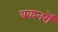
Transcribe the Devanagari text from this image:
बकनरों